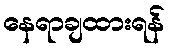
နေရာချထားရန်